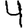
Digit: 4